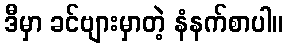
ဒီမှာ ခင်ဗျားမှာတဲ့ နံနက်စာပါ။